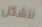
تتشكل